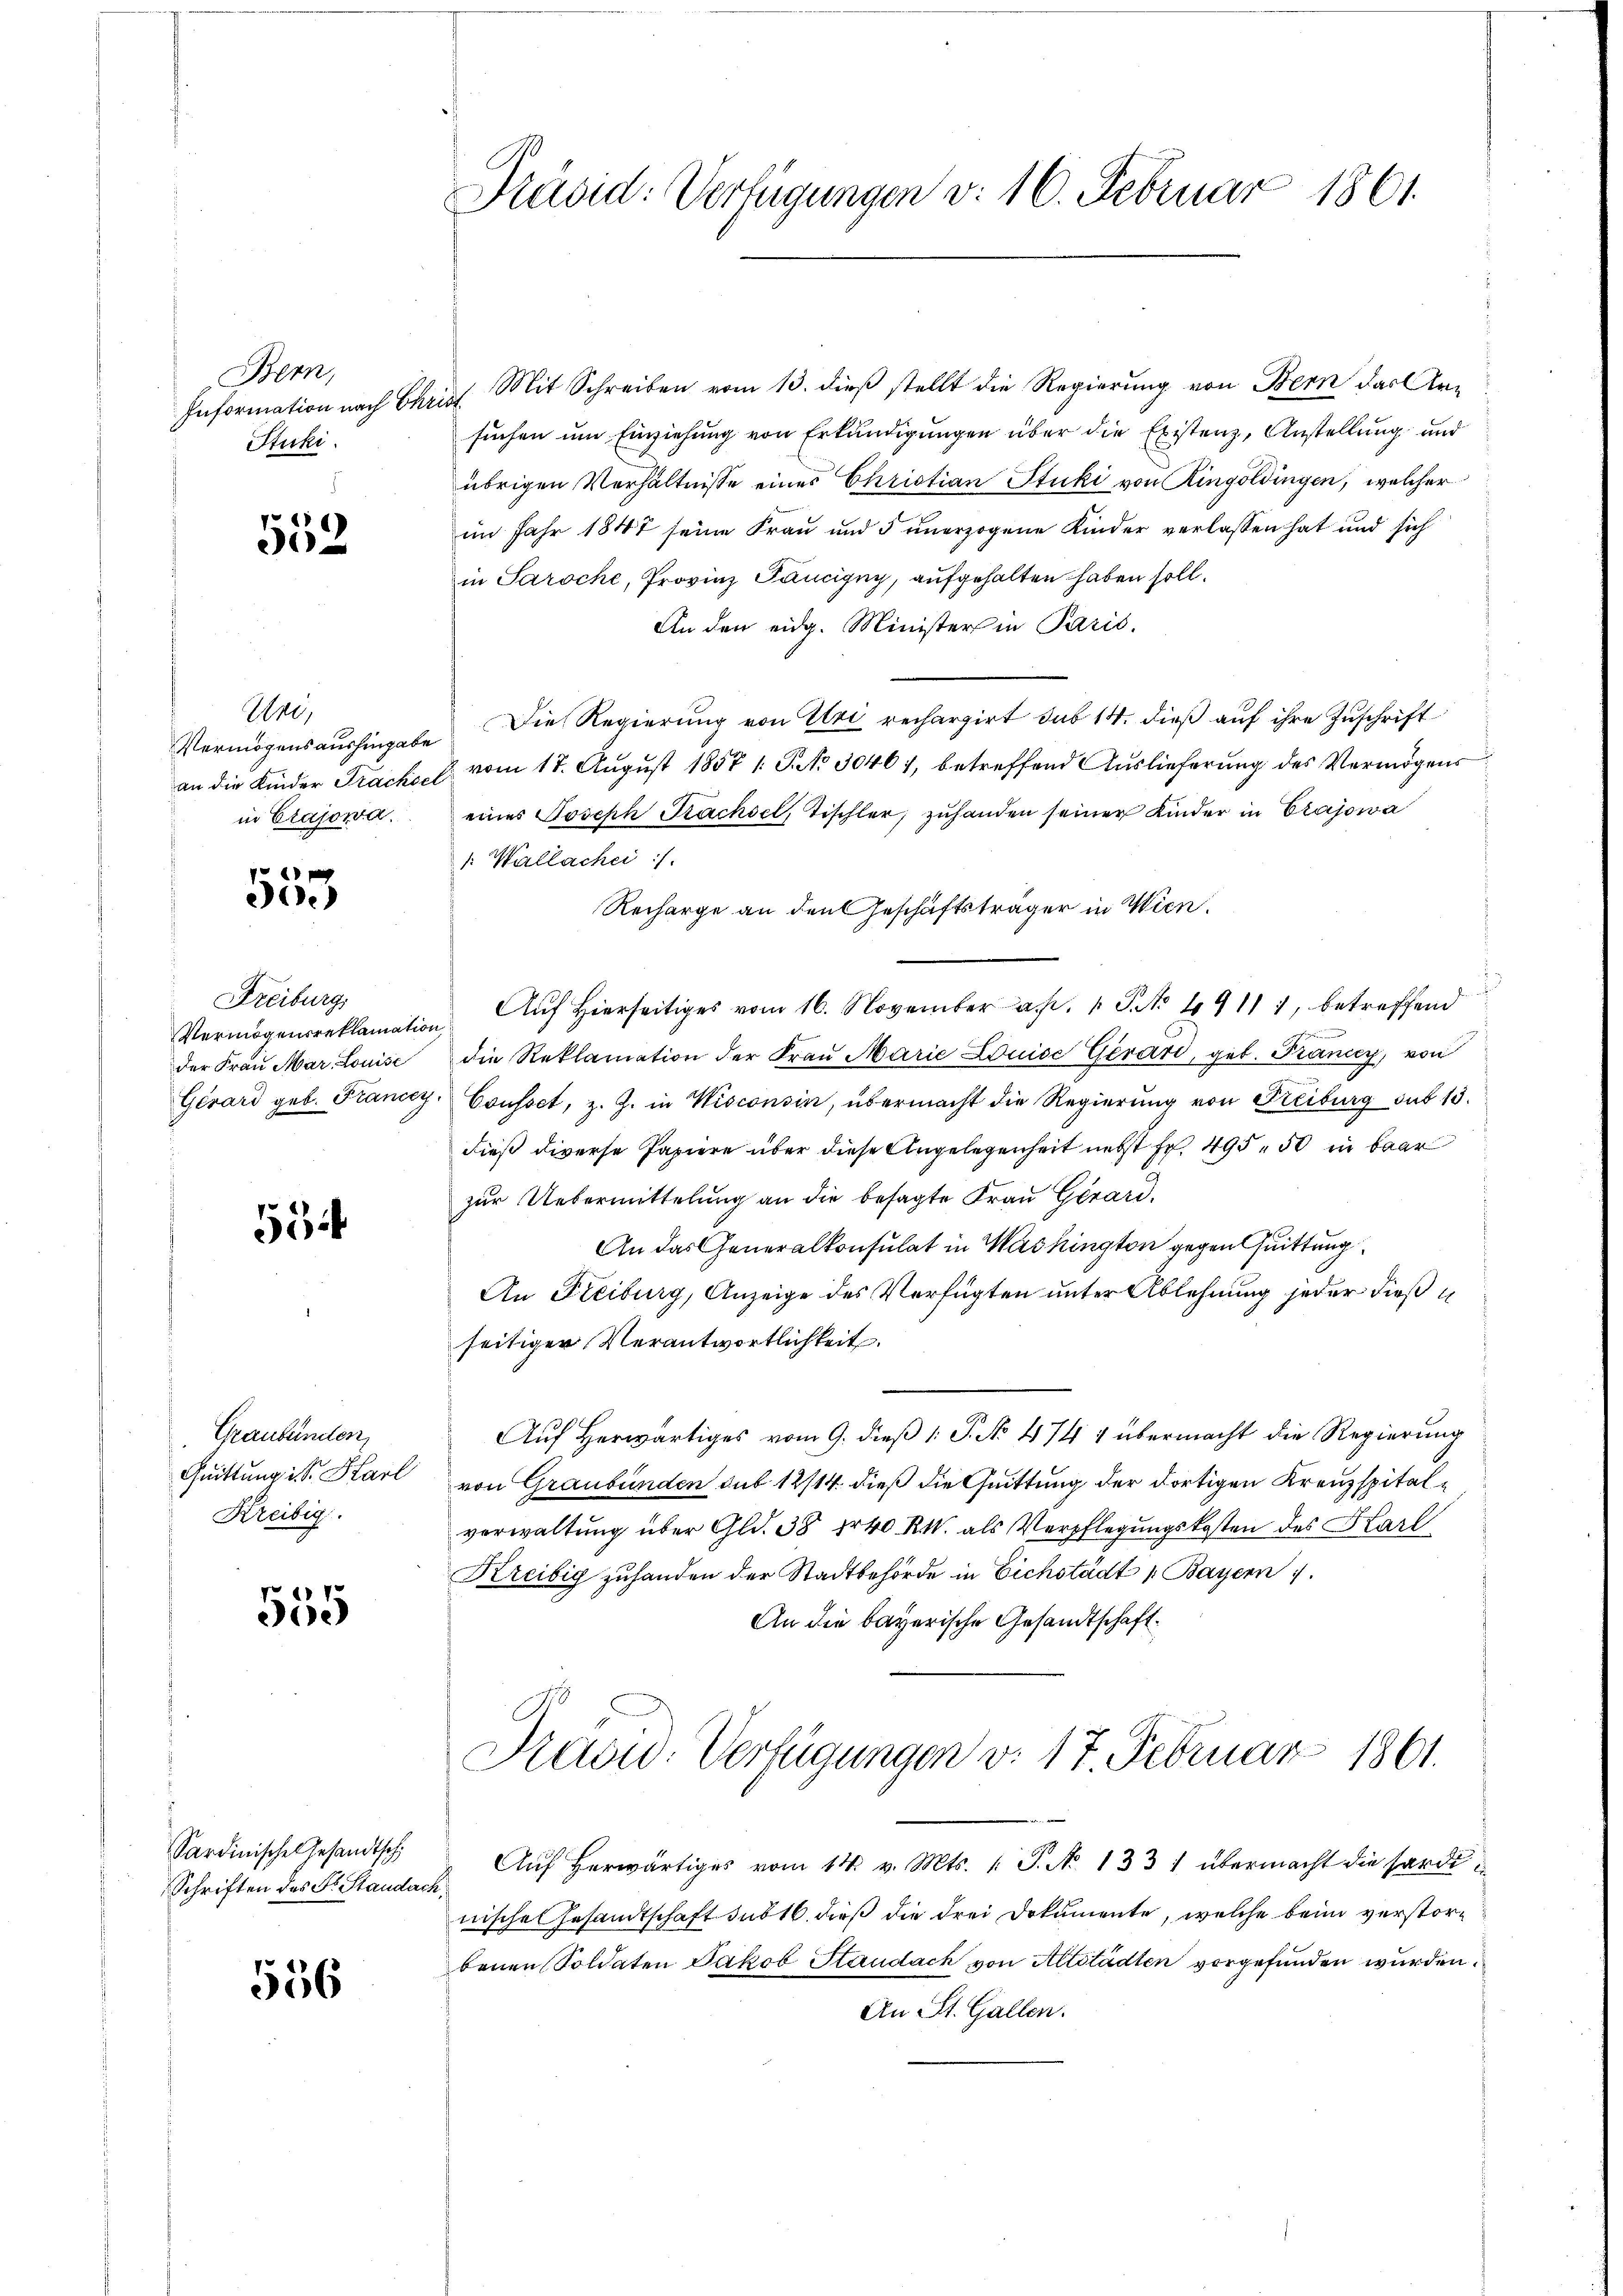
Bern,
Information nach 6
Stuki.

559

Uri,
in Crajowa.

0 f 20 x
e

Freiburg,

534

Graubünden,
Quittung ist. Karl
Kreibig.

555

Sardinische Gesandtschi
Schriften des Fr. Standach

536

Präsid. Verfügungen d. 16. Februar 1861.

Mit Schreiben vom 13. dieß stellt die Regierung von Bern das Ar¬
Rich
suchen um Einziehung von Erkundigungen über die Existenz, Anstellung und
übrigen Verhältnisse eines Christian Stucki von Ringoldingen, welcher
im Jahr 1847 seine Frau und 5 unerzogene Kinder verlassen hat und sich
in Paroche, Provinz Taucigny, aufgehalten haben soll.
An den eidg. Minister in Paris,
Vermögensaushingabe Die Regierŭng von Uri rechargirt sub 14. dieβ aŭf ihre Zuschrift
an die Kinder Frache vom 17. Aŭgŭst 1857 1. P. No 30461, betreffend Auslieferŭng des Vermögens
eines Joseph Trachsel, Tischler, zuhanden seiner Kinder in Crajowa
1: Wallachei /.
Recharge an den Geschäftsträger in Wien.
Vermögensreklamation. Aŭf Hierseitiges vom 16. November a. 1 P. No 1911 1, betreffend
der Fraŭ Mar Louise die Reklamation der Fraŭ Marie Louise Gerari, geb. Francy, von
Gérard geb. Francey Cousset, z. Z. in Wisconsin, übermacht die Regierung von Freiburg sub 15.
dieß diverse Papiere über diese Angelegenheit nebst Fr. 495. 50 in baar
zur Uebermittelung an die besagte Frau Girard-
An das Generalkonsulat in Washington gegen Quittung
An Freiburg, Anzeige des Verfügten unter Ablehnung jeder dieß i
seitiger Verantwortlichkeit.
Auf herwärtiges vom 9. dieß (: P. No 474 4 übermacht die Regierung
von Graubünden sub 12/14. dieß die Quittung der dortigen Kreuzspitalverwaltung über Gld. 38 fr 40 RM. als Verpflegungskosten des Karl
Kreibig zuhanden der Stadtbehörde in Eichstädt „Bayern
An die bayerische Gesandtschaft.
Kasid. Verfügungen v. 17. Februar 1861.
Aŭf herwärtiges vom 14. v. Mts. 1 S. No. 1331 übermacht die Harde
nische Gesandtschaft sub 16. dieß die drei Dokumente, welche beim verstorbenen Soldaten Jakob Staudach von Altstädten vorgefunden wurden.
An St. Gallen.